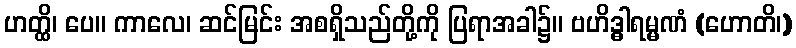
ဟတ္ထိ၊ ပေ။ ကာလေ၊ ဆင်မြင်း အစရှိသည်တို့ကို ပြရာအခါ၌။ ဗဟိဒ္ဓါရမ္မဏံ (ဟောတိ၊)